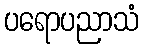
ပရောပညာသံ